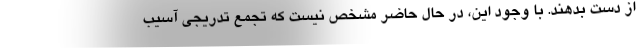
از دست بدهند. با وجود این، در حال حاضر مشخص نیست که تجمع تدریجی آسیب